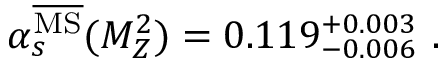
{ \alpha } _ { s } ^ { { \overline { { \mathrm { M S } } } } } ( M _ { Z } ^ { 2 } ) = 0 . 1 1 9 _ { - 0 . 0 0 6 } ^ { + 0 . 0 0 3 } \ .